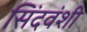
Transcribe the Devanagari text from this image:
सिंदवंशी